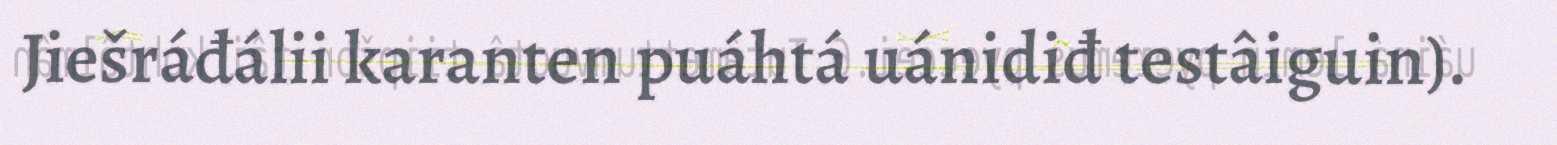
Jiešráđálii karanten puáhtá uánidiđ testâiguin).